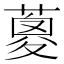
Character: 𦹰